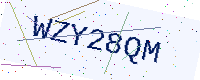
Text: WZY28QM